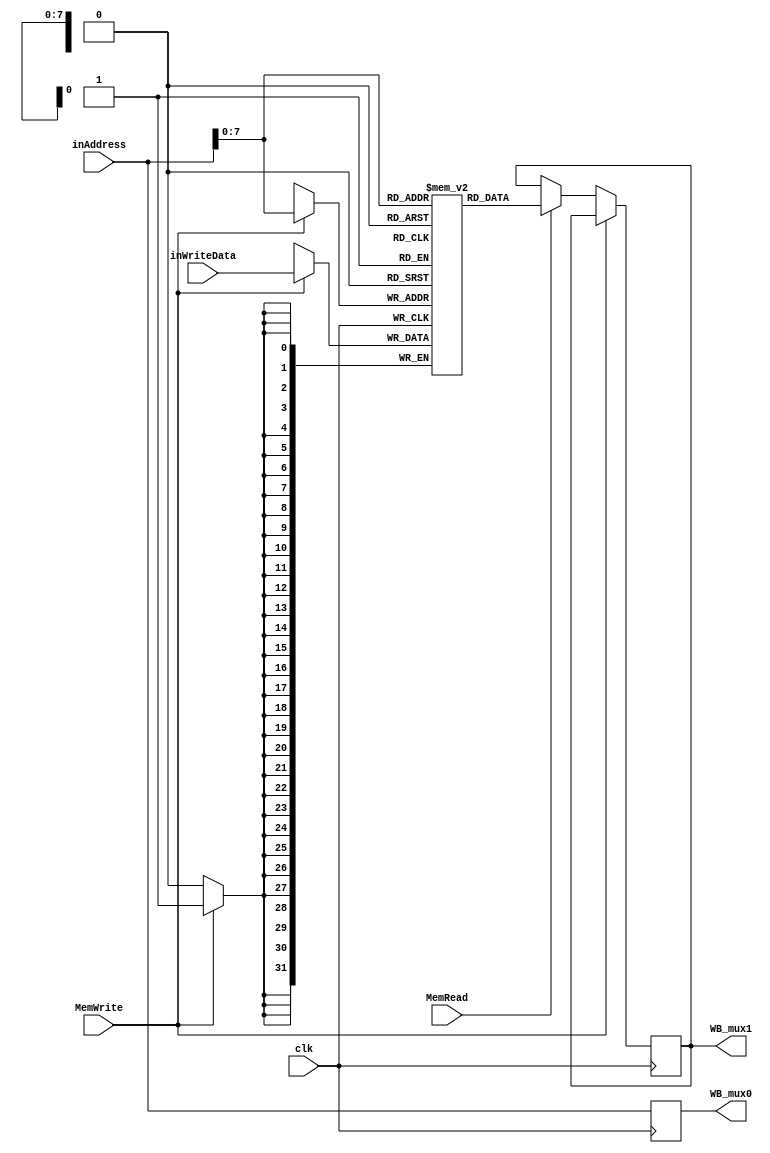
// the D_MEM for the Memory stage
// this has 256 32'bit Memories
// it takes as inputs the first 2 Mem_conrol bits [2:1] and the 32'bit resualt from the ALU in the IEstage (inAddress)
// it also takes in the 32'bit data that was in the rt Register that was delayed in the IE stage (inWriteData)
// for the if statements if the MemWrite is 1 it will date the Data from rt and put it into the Memory located at the inAddress (WB_mux1)
// if MemWrite is 0 and MemRead is 1 it wll read the value located in the Memory located at inAdrress (WB_mux1)
// the WB_mux0 at the bottum is for the delay needed in the WB Stage

module D_MEM(
    output reg [31:0] WB_mux1,
    output reg [31:0] WB_mux0,
    input [31:0] inAddress,
    input [31:0] inWriteData,
    input MemWrite,
    input MemRead,
    input clk
    );
    
    reg [31:0] MEM[0:255];
    
    always @(posedge clk)
        begin   
            if(MemWrite == 1)
                begin
                    MEM[inAddress] <= inWriteData;
                end
            else if(MemRead == 1)
                begin
                   WB_mux1 <= MEM[inAddress];
                end
            WB_mux0 <= inAddress;
        end
        
endmodule